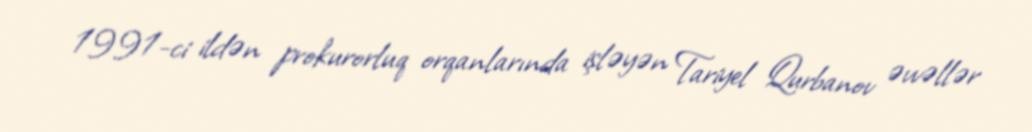
1991-ci ildən prokurorluq orqanlarında işləyən Tariyel Qurbanov əvvəllər